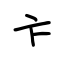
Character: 卞